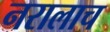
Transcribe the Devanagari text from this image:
नरालाच